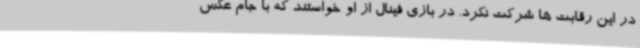
در این رقابت ها شرکت نکرد. در بازی فینال از او خواستند که با جام عکس